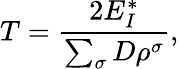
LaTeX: T=\frac{2E_{I}^{*}}{\sum_{\sigma}D\rho^{\sigma}},